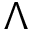
\Lambda